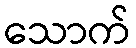
သောက်